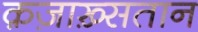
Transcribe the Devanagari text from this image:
क़ज़ाख़्सतान